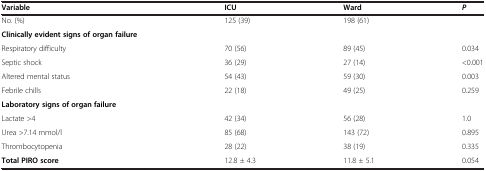
| Variable | ICU | Ward | P |
 | --- | --- | --- | --- |
 | No. (%) | 125 (39) | 198 (61) |  |
 | Clinically evident signs of organ failure |  |  |  |
 | Respiratory difficulty | 70 (56) | 89 (45) | 0.034 |
 | Septic shock | 36 (29) | 27 (14) | <0.001 |
 | Altered mental status | 54 (43) | 59 (30) | 0.003 |
 | Febrile chills | 22 (18) | 49 (25) | 0.259 |
 | Laboratory signs of organ failure |  |  |  |
 | Lactate >4 | 42 (34) | 56 (28) | 1.0 |
 | Urea >7.14 mmol/l | 85 (68) | 143 (72) | 0.895 |
 | Thrombocytopenia | 28 (22) | 38 (19) | 0.335 |
 | Total PIRO score | 12.8 ± 4.3 | 11.8 ± 5.1 | 0.054 |